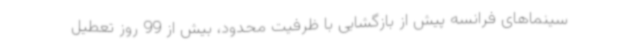
سینماهای فرانسه پیش از بازگشایی با ظرفیت محدود، بیش از 99 روز تعطیل